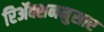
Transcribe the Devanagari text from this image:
रिॲक्शननुसार